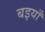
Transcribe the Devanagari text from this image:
बइयाँ